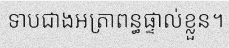
ទាបជាងអត្រាពន្ធផ្ទាល់ខ្លួន។